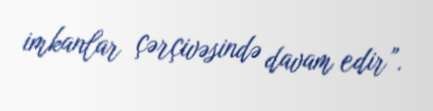
imkanlar çərçivəsində davam edir”.